Civil Veterinary Dept. Bombay admin report 1923-31 - 1923-1931
Year: 1923
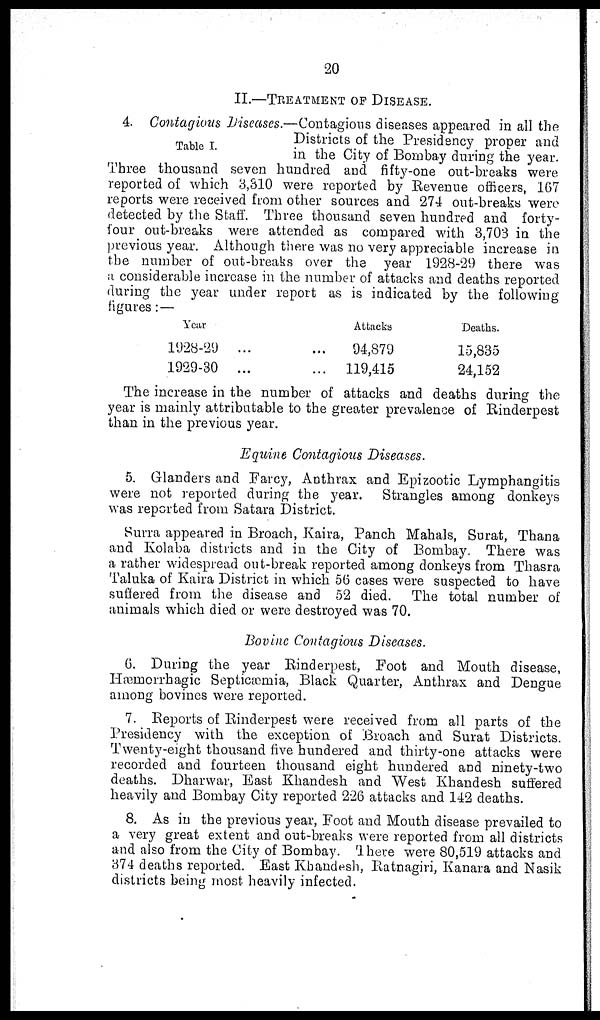
20
II.—TREATMENT OF DISEASE.
Table I.
4. Contagious Diseases.—Contagious diseases appeared in all the
Districts of the Presidency proper and
in the City of Bombay during the year.
Three thousand seven hundred and fifty-one out-breaks were
reported of which 3,310 were reported by Revenue officers, 167
reports were received from other sources and 274 out-breaks were
detected by the Staff. Three thousand seven hundred and forty-
four out-breaks were attended as compared with 3,703 in the
previous year. Although there was no very appreciable increase in
the number of out-breaks over the year 1928-29 there was
a considerable increase in the number of attacks and deaths reported
during the year under report as is indicated by the following
figures:—
Year
1928-29 ... ...
1929-30 ... ...
Attacks
94,879
119,415
Deaths.
15,835
24,152
The increase in the number of attacks and deaths during the
year is mainly attributable to the greater prevalence of Rinderpest
than in the previous year.
Equine Contagious Diseases.
5. Glanders and Farcy, Anthrax and Epizootic Lymphangitis
were not reported during the year. Strangles among donkeys
was reported from Satara District.
Surra appeared in Broach, Kaira, Panch Mahals, Surat, Thana
and Kolaba districts and in the City of Bombay. There was
a rather widespread out-break reported among donkeys from Thasra
Taluka of Kaira District in which 56 cases were suspected to have
suffered from the disease and 52 died. The total number of
animals which died or were destroyed was 70.
Bovine Contagious Diseases.
6. During the year Rinderpest, Foot and Mouth disease,
Hæmorrhagic Septicæmia, Black Quarter, Anthrax and Dengue
among bovines were reported.
7. Reports of Rinderpest were received from all parts of the
Presidency with the exception of Broach and Surat Districts.
Twenty-eight thousand five hundered and thirty-one attacks were
recorded and fourteen thousand eight hundered and ninety-two
deaths. Dharwar, East Khandesh and West Khandesh suffered
heavily and Bombay City reported 226 attacks and 142 deaths.
8. As in the previous year, Foot and Mouth disease prevailed to
a very great extent and out-breaks were reported from all districts
and also from the City of Bombay. There were 80,519 attacks and
374 deaths reported. East Khandesh, Ratnagiri, Kanara and Nasik
districts being most heavily infected.